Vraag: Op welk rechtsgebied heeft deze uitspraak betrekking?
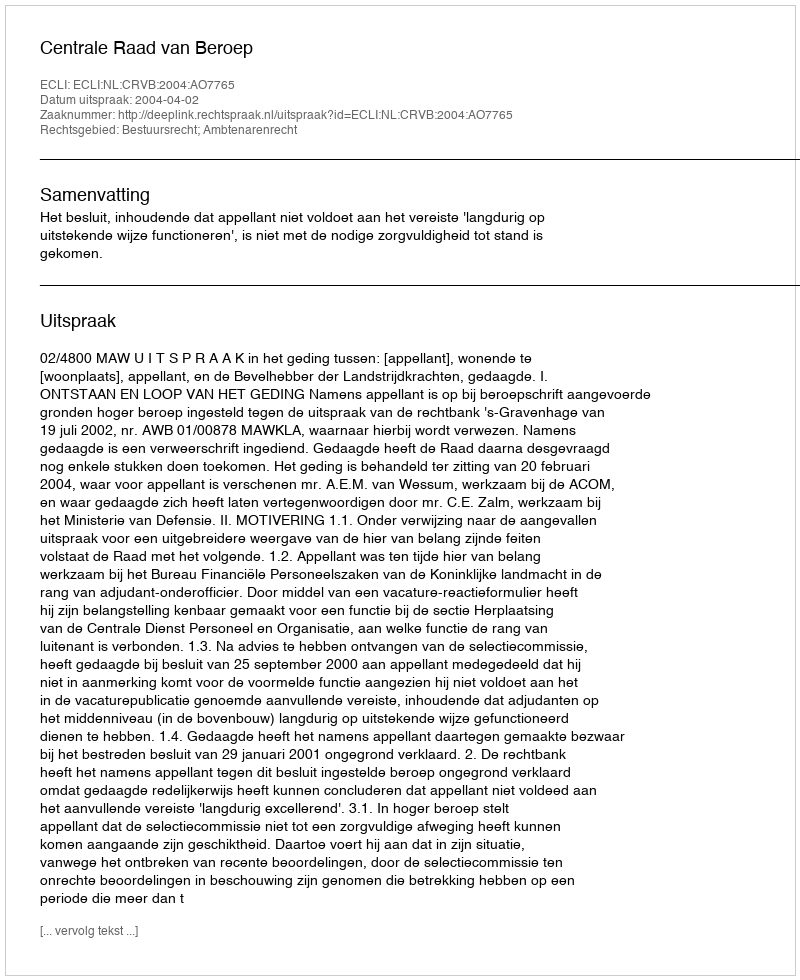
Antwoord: Bestuursrecht; Ambtenarenrecht